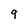
Character: 9